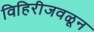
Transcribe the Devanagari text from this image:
विहिरीजवळून